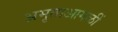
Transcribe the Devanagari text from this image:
अमृताआगळीं